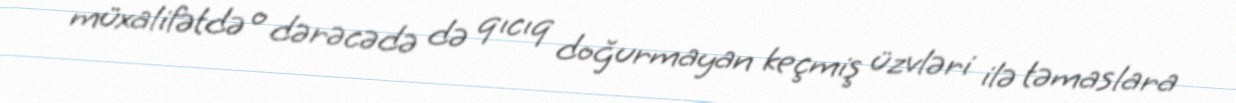
müxalifətdə o dərəcədə də qıcıq doğurmayan keçmiş üzvləri ilə təmaslara